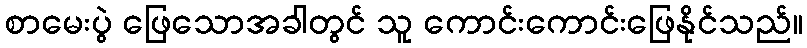
စာမေးပွဲ ဖြေသောအခါတွင် သူ ကောင်းကောင်းဖြေနိုင်သည်။